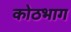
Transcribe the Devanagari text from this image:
कोठभाग